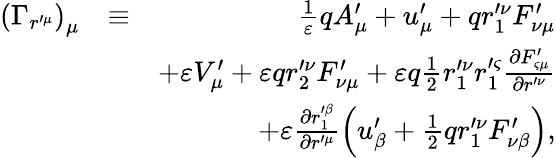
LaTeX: \begin{array}{rlr}{\left(\Gamma_{r^{\prime\mu}}\right)_{\mu}}&{\equiv}&{\frac{1}{\varepsilon}qA_{\mu}^{\prime}+u_{\mu}^{\prime}+qr_{1}^{\prime\nu}F_{\nu\mu}^{\prime}}\\ &{}&{+\varepsilon V_{\mu}^{\prime}+\varepsilon qr_{2}^{\prime\nu}F_{\nu\mu}^{\prime}+\varepsilon q\frac{1}{2}r_{1}^{\prime\nu}r_{1}^{\prime\varsigma}\frac{\partial F_{\varsigma\mu}^{\prime}}{\partial r^{\prime\nu}}}\\ &{}&{+\varepsilon\frac{\partial r_{1}^{\prime\beta}}{\partial r^{\prime\mu}}\left(u_{\beta}^{\prime}+\frac{1}{2}qr_{1}^{\prime\nu}F_{\nu\beta}^{\prime}\right),}\end{array}